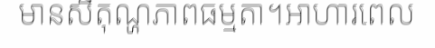
មានសីតុណ្ហភាពធម្មតា។អាហារពេល